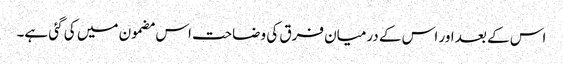
اس کے بعد اور اس کے درمیان فرق کی وضاحت اس مضمون میں کی گئی ہے۔